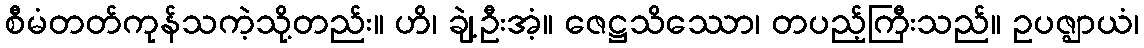
စီမံတတ်ကုန်သကဲ့သို့တည်း။ ဟိ၊ ချဲ့ဦးအံ့။ ဇေဋ္ဌသိဿော၊ တပည့်ကြီးသည်။ ဥပဇ္ဈာယံ၊